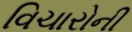
વિચારોની